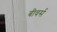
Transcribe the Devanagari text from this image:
बीवर्स